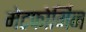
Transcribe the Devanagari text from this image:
मेटफोर्मिन